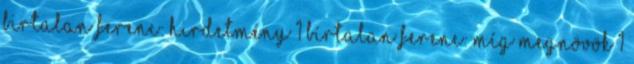
Birtalan Ferenc: Hirdetmény 1 Bírtalan Ferenc: Míg megnövök 1